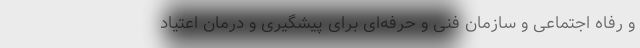
و رفاه اجتماعی و سازمان فنی و حرفه‌ای برای پیشگیری و درمان اعتیاد